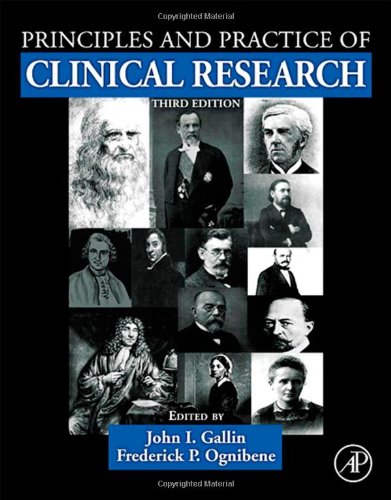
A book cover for Principles and Practice of Clinical Research, Third Edition; Medical Books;